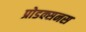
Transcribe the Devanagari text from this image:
प्रोडक्सनस